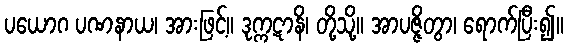
ပယောဂ ပဏနာယ၊ အားဖြင့်။ ဒုက္ကဋာနိ၊ တို့သို့။ အာပဇ္ဇိတွာ၊ ရောက်ပြီး၍။